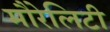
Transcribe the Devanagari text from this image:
मौरेलिटी